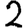
Digit: 2